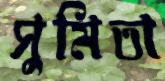
সুমিতা